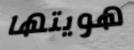
هويتها